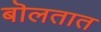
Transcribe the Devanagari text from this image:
बॊलतात